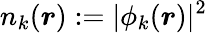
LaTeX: n_{k}(\boldsymbol{r}):=|\phi_{k}(\boldsymbol{r})|^{2}